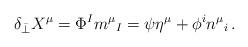
LaTeX: \begin{align*}\delta_{\bar\perp} X^\mu = \Phi^I m^\mu{}_{I}= \psi \eta^\mu + \phi^i n^\mu{}_i \,.\end{align*}